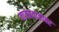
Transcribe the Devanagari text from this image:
वातप्रवाहावर